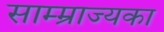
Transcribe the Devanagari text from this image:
साम्म्राज्यका